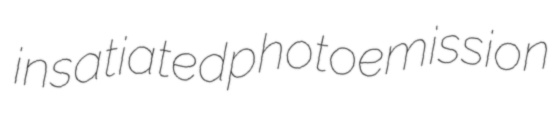
insatiated photoemission